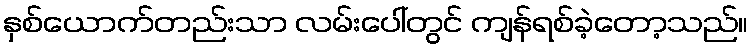
နှစ်ယောက်တည်းသာ လမ်းပေါ်တွင် ကျန်ရစ်ခဲ့တော့သည်။